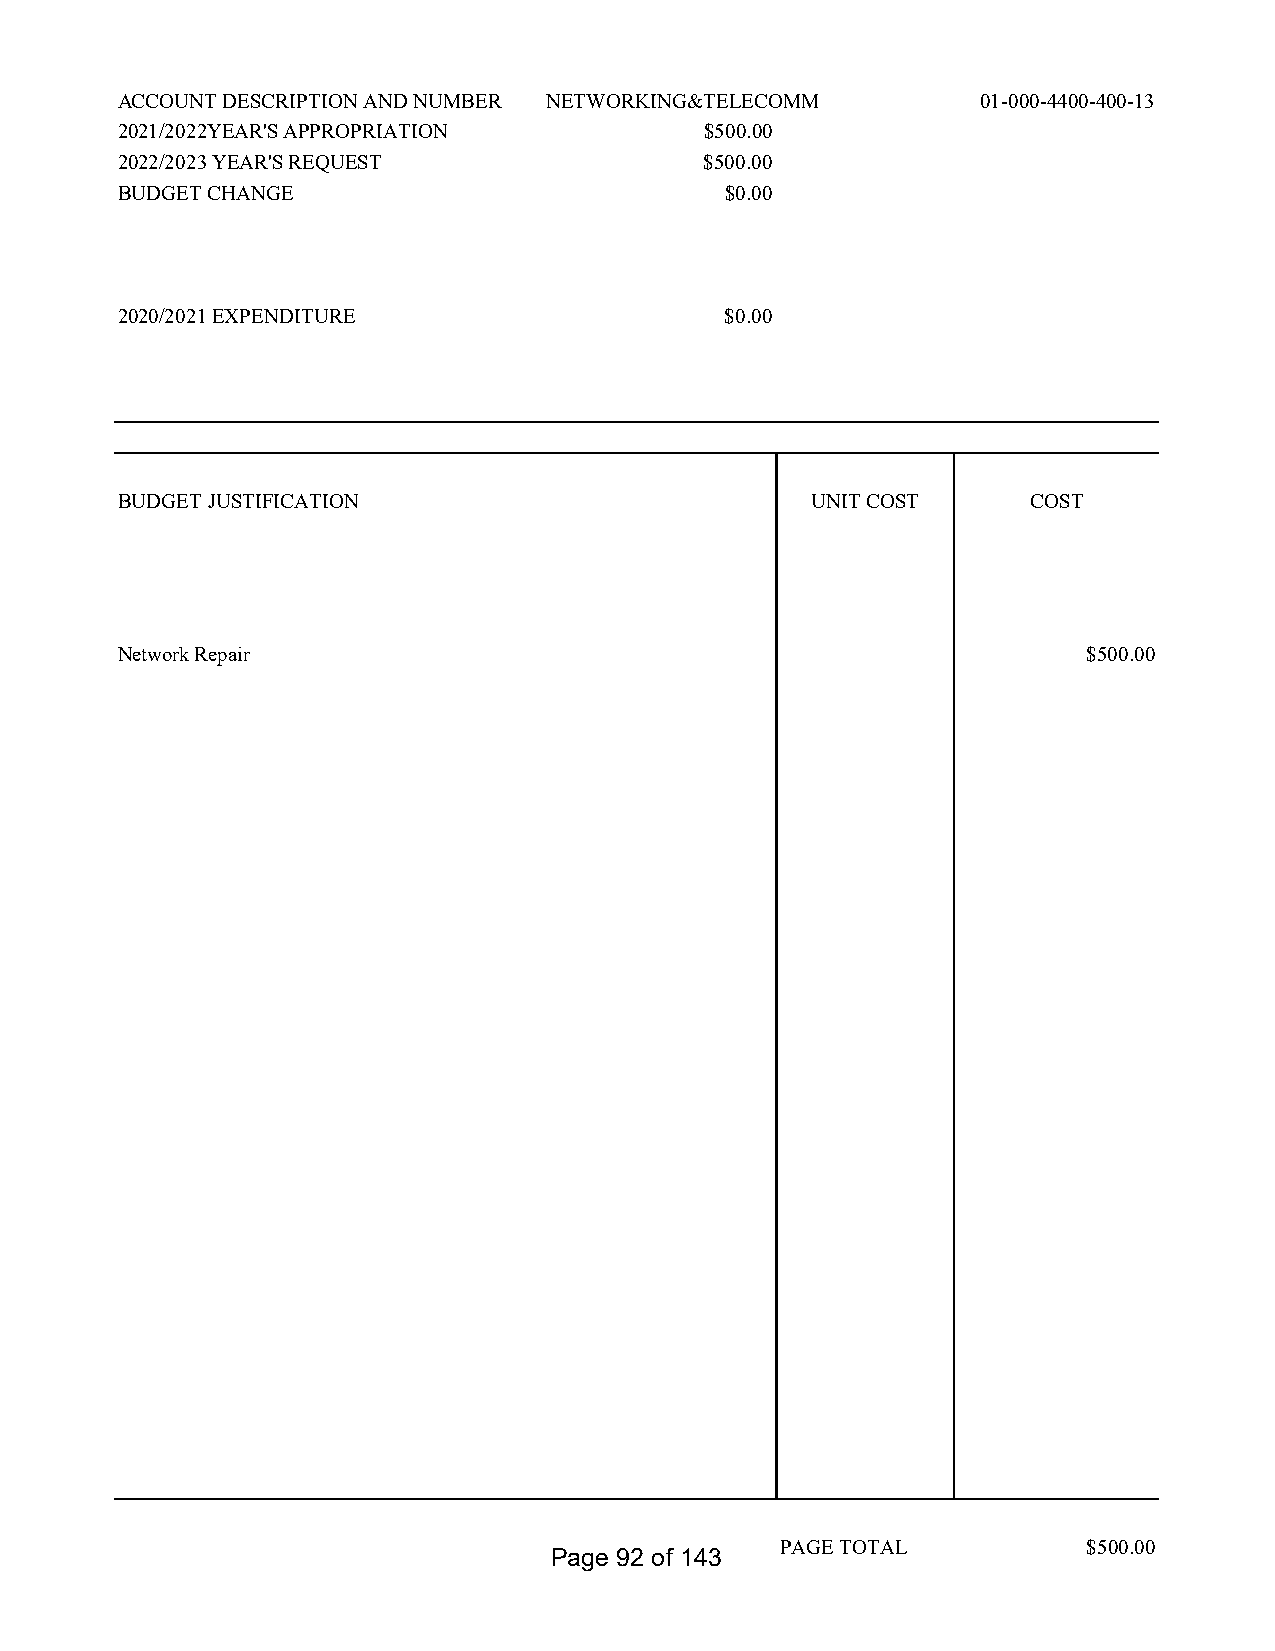
ACCOUNT DESCRIPTION AND NUMBER NETWORKING&TELECOMM       01-000-4400-400-13
 2021/2022YEAR'S APPROPRIATION          $500.00
 2022/2023 YEAR'S REQUEST               $500.00
 BUDGET CHANGE                           $0.00
 2020/2021 EXPENDITURE                   $0.00
 BUDGET JUSTIFICATION                          UNIT COST     COST
 Network Repair                                                  $500.00
 PAGE TOTAL          $500.00
 Page 92 of 143